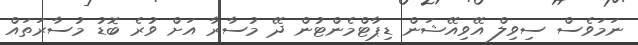
ނަމަވެސް ސިވިލް އޭވިއޭޝަން ޑިޕާޓްމެންޓުން ދޭ މުސާރާ އަށް ވުރެ ބޮޑު މުސާރަތައް